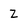
Character: Z